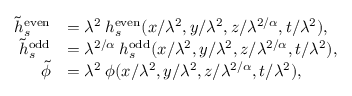
\begin{array} { r l } { \tilde { h } _ { s } ^ { \mathrm { e v e n } } } & { = \lambda ^ { 2 } \: h _ { s } ^ { \mathrm { e v e n } } ( x / \lambda ^ { 2 } , y / \lambda ^ { 2 } , z / \lambda ^ { 2 / \alpha } , t / \lambda ^ { 2 } ) , } \\ { \tilde { h } _ { s } ^ { \mathrm { o d d } } } & { = \lambda ^ { 2 / \alpha } \: h _ { s } ^ { \mathrm { o d d } } ( x / \lambda ^ { 2 } , y / \lambda ^ { 2 } , z / \lambda ^ { 2 / \alpha } , t / \lambda ^ { 2 } ) , } \\ { \tilde { \phi } } & { = \lambda ^ { 2 } \: \phi ( x / \lambda ^ { 2 } , y / \lambda ^ { 2 } , z / \lambda ^ { 2 / \alpha } , t / \lambda ^ { 2 } ) , } \end{array}